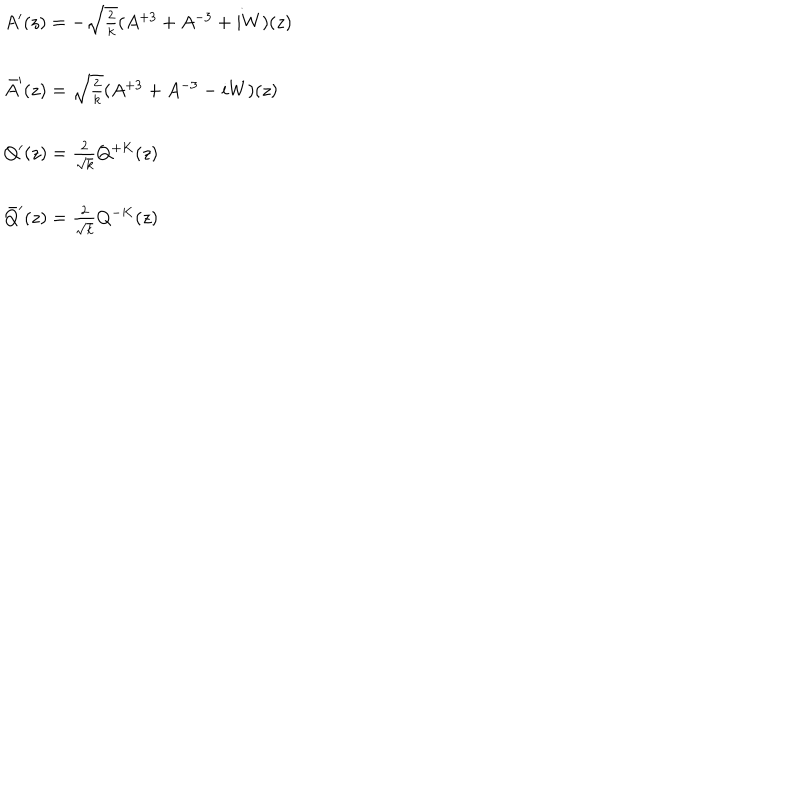
LaTeX: \begin{array} { l } { { A ^ { \prime } ( z ) = - \sqrt { \frac { 2 } { k } } ( A ^ { + 3 } + A ^ { - 3 } + i W ) ( z ) } } \\ { { \ } } \\ { { \bar { A } ^ { \prime } ( z ) = \sqrt { \frac { 2 } { k } } ( A ^ { + 3 } + A ^ { - 3 } - i W ) ( z ) } } \\ { { \ } } \\ { { Q ^ { \prime } ( z ) = \frac { 2 } { \sqrt { k } } Q ^ { + K } ( z ) } } \\ { { \ } } \\ { { \bar { Q } ^ { \prime } ( z ) = \frac { 2 } { \sqrt { k } } Q ^ { - K } ( z ) } } \\ \end{array}